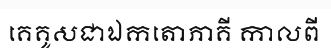
គេគូសជាឯកតោភាគី កាលពី